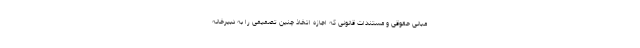
مبانی حقوقی و مستندات قانونی که اجازه اتخاذ چنین تصمیمی را به دبیرخانه